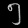
Digit: ၅